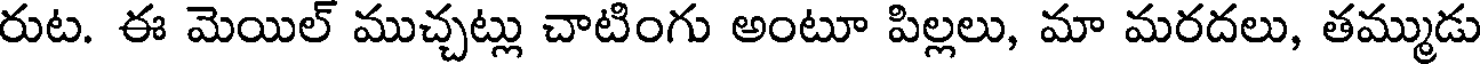
రుట. ఈ మెయిల్ ముచ్చట్లు చాటింగు అంటూ పిల్లలు, మా మరదలు, తమ్ముడు